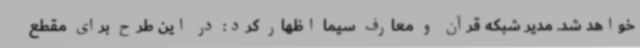
خواهد شد. مدیر شبکه قرآن و معارف سیما اظهار کرد: در این طرح برای مقطع